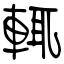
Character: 輒